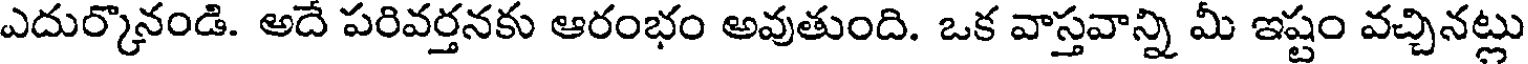
ఎదుర్కొనండి. అదే పరివర్తనకు ఆరంభం అవుతుంది. ఒక వాస్తవాన్ని మీ ఇష్టం వచ్చినట్లు